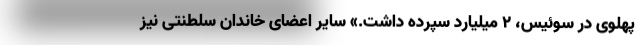
پهلوی در سوئیس، ۲ میلیارد سپرده داشت.» سایر اعضای خاندان سلطنتی نیز